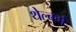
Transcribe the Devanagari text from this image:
थेल्बर्ग